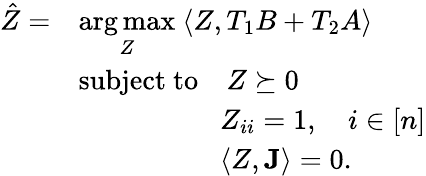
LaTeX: \begin{array}{rl}{\hat{Z}=}&{\underset{Z}{\arg\operatorname*{max}}~\langle Z,T_{1}B+T_{2}A\rangle}\\ &{\mathrm{subject~to}\quad Z\succeq 0}\\ &{\quad\quad\quad\quad\quad Z_{ii}=1,\quad i\in[n]}\\ &{\quad\quad\quad\quad\quad\langle Z,\mathbf{J}\rangle=0.}\end{array}